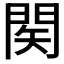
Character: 𨴊